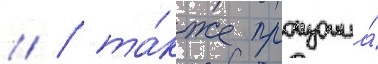
// / та́кже произошла́